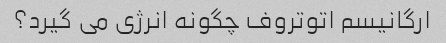
ارگانیسم اتوتروف چگونه انرژی می گیرد؟